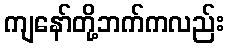
ကျနော်တို့ဘက်ကလည်း